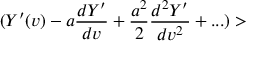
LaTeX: ( Y ^ { \prime } ( v ) - a { \frac { d Y ^ { \prime } } { d v } } + { \frac { a ^ { 2 } } { 2 } } { \frac { d ^ { 2 } Y ^ { \prime } } { d v ^ { 2 } } } + . . . ) >